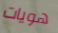
هويات